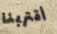
أقتربنا